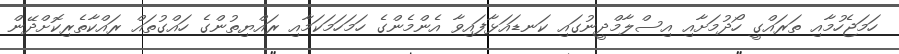
ހަމަޖެހުމާއި ތަރައްގީ ހޯދުމަށާއި އިސްލާމްދީނުގައި ކަނޑައަޅާފައިވާ އެންމެންގެ ހަމަހަމަކަމާއި ރައްޔިތުންގެ ހައްގުތައް ރައްކާތެރިކޮށްދޭން